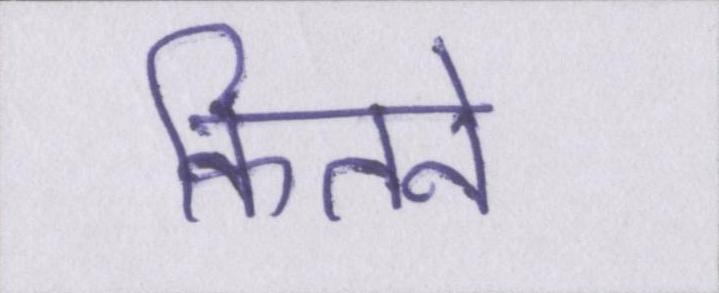
कितने